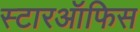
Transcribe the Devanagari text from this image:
स्टारऑफिस